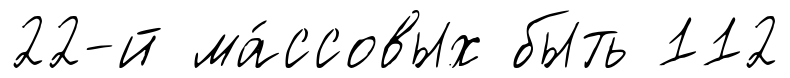
22-й ма́ссовых быть 112